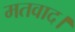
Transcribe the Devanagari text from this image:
मतवाद।